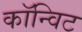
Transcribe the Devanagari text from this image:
कॉन्विट